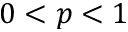
0 < p < 1